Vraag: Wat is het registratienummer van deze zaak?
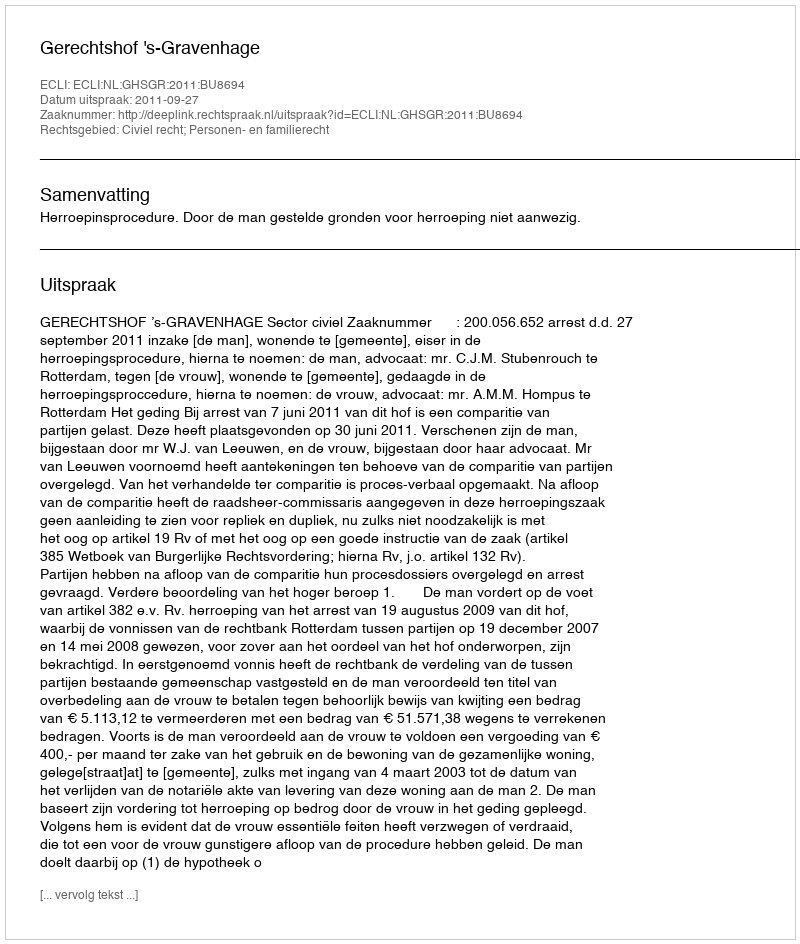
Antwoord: http://deeplink.rechtspraak.nl/uitspraak?id=ECLI:NL:GHSGR:2011:BU8694